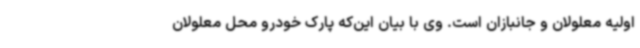
اولیه معلولان و جانبازان است. وی با بیان این‌که پارک خودرو محل معلولان